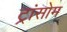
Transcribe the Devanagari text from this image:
ट्रांसोम